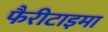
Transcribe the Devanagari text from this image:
फैरीटाइमा